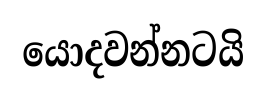
යොදවන්නටයි